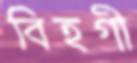
বিহগী